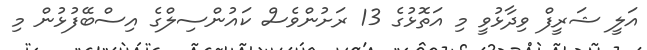
އަލީ ޝަރީފް ވިދާޅުވީ މި އަތޮޅުގެ 13 ރަށުންވެސް ކައުންސިލްގެ އިސްބޭފުޅުން މި